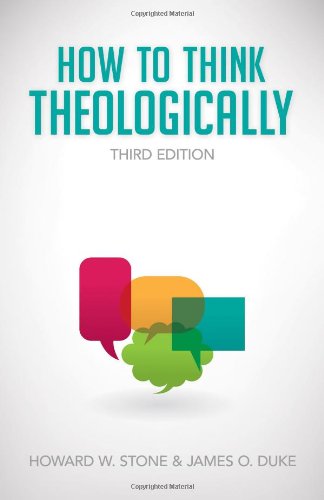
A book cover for How to Think Theologically; Howard W. Stone; Christian Books & Bibles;